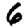
Digit: 6